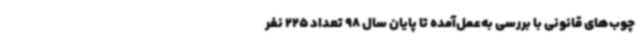
چوب‌های قانونی با بررسی به‌عمل‌آمده تا پایان سال 98 تعداد 225 نفر